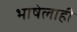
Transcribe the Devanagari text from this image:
भाषेलाही